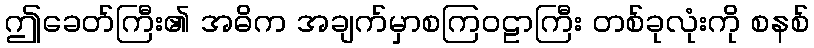
ဤခေတ်ကြီး၏ အဓိက အချက်မှာစကြဝဠာကြီး တစ်ခုလုံးကို စနစ်